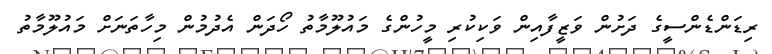
ރިޑަންޑެންސީގެ ދަށުން ވަޒީފާއިން ވަކިކުރި މީހުންގެ މައުލޫމާތު ހޯދަން އެދުމުން މިހާތަނަށް މައުލޫމާތު